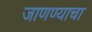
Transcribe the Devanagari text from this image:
जाणण्याचा